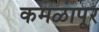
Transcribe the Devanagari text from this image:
कमळापूर